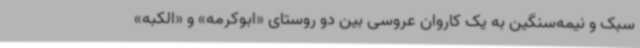
سبک و نیمه‌سنگین به یک کاروان عروسی بین دو روستای «ابوکرمه» و «الکبه»